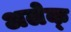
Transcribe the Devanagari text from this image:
अलेक्